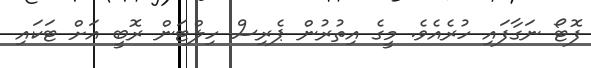
ފޮޓޯ ނަގާފައި ހުރެއެވެ. މީގެ އިތުރުން ޕެރިސް ހިލްޓަން ރޮބީ އަށް ޓަކައި